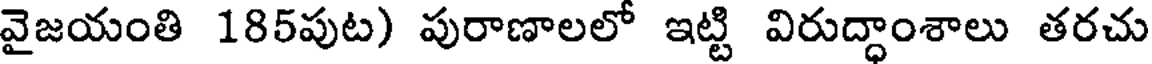
వైజయంతి 185పుట) పురాణాలలో ఇట్టి విరుద్ధాంశాలు తరచు